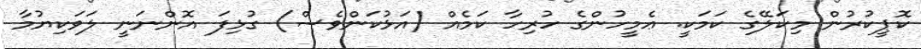
ކޮޕީކުރުން މިކަލޭގެ ކަމަކީ. ޢެމީހުންގެ ހުރިހާ ކަމެއް (އަޅުކަަންވެސް) ގުޅިފަ އޮންނަނީ ލަވަކިޔުމާ